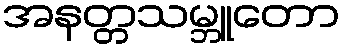
အနတ္တသမ္ဘူတော